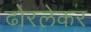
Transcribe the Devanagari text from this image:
ढोरलेकर